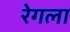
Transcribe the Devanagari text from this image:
रेगला